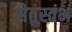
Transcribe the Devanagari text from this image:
सेतुस्तंभ